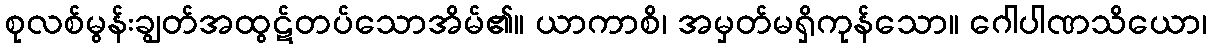
စုလစ်မွန်းချွတ်အထွဋ်တပ်သောအိမ်၏။ ယာကာစိ၊ အမှတ်မရှိကုန်သော။ ဂေါပါဏသိယော၊